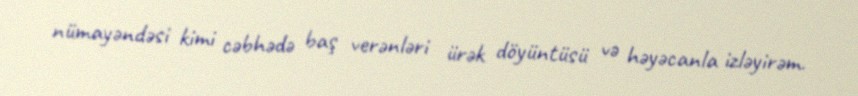
nümayəndəsi kimi cəbhədə baş verənləri ürək döyüntüsü və həyəcanla izləyirəm.